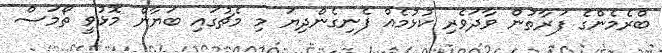
ބްރެމެންގެ ފަރާތުން ވާދަވެރި ކުޅުމެއް ފެނިގެންދިޔަ މި މެޗުގައި ބަޔާން މޮޅުވީ ތޯމަސް